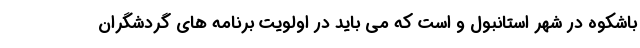
باشکوه در شهر استانبول و است که می باید در اولویت برنامه های گردشگران